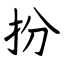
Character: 扮